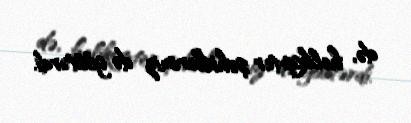
də, helikopter şəhidlərimiz də göstərdi.